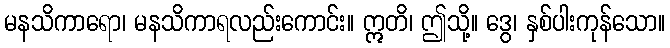
မနသိကာရော၊ မနသိကာရလည်းကောင်း။ ဣတိ၊ ဤသို့။ ဒွေ၊ နှစ်ပါးကုန်သော။